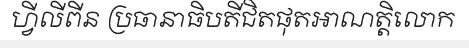
ហ្វីលីពីន ប្រធានាធិបតីជិតផុតអាណត្តិលោក